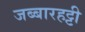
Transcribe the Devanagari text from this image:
जब्‍बारहट्टी